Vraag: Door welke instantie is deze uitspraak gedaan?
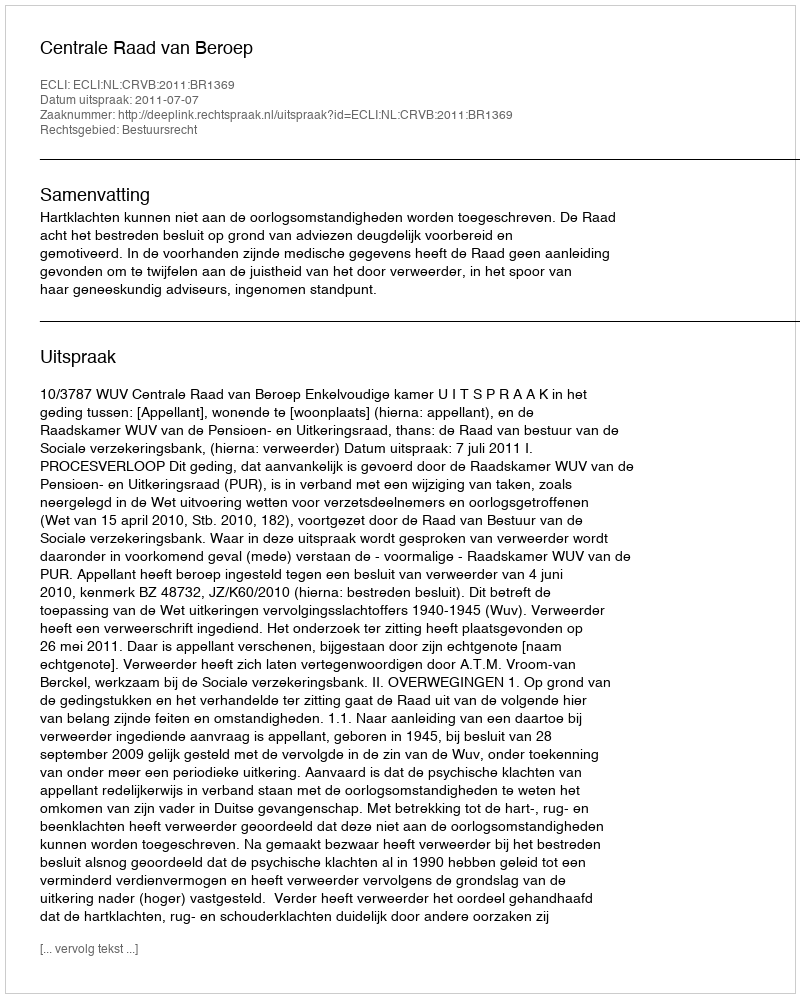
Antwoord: Centrale Raad van Beroep